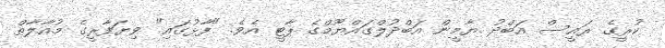
ކުރީގެ ރައީސް އަބްދު ޔާމީން އަބްދުލްގައްޔޫމްގެ ޕާޓީ އެވެ. "ފާޅުގައި" ވިޔަފާރީގެ މުއާލާތް